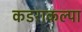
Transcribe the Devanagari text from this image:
कडराकल्पा